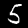
Label: 5